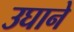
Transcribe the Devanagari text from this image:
उघाने